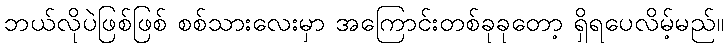
ဘယ်လိုပဲဖြစ်ဖြစ် စစ်သားလေးမှာ အကြောင်းတစ်ခုခုတော့ ရှိရပေလိမ့်မည်။